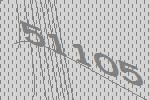
51105